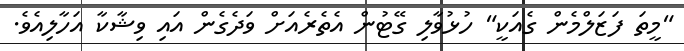
"މީތަ ފަޒަލްމެން ގެއަކީ" ހުޅުވާލި ގޭޓުން އެތެރެއަށް ވަދެގެން އައި ވިޝާކާ އަހާލިއެވެ.